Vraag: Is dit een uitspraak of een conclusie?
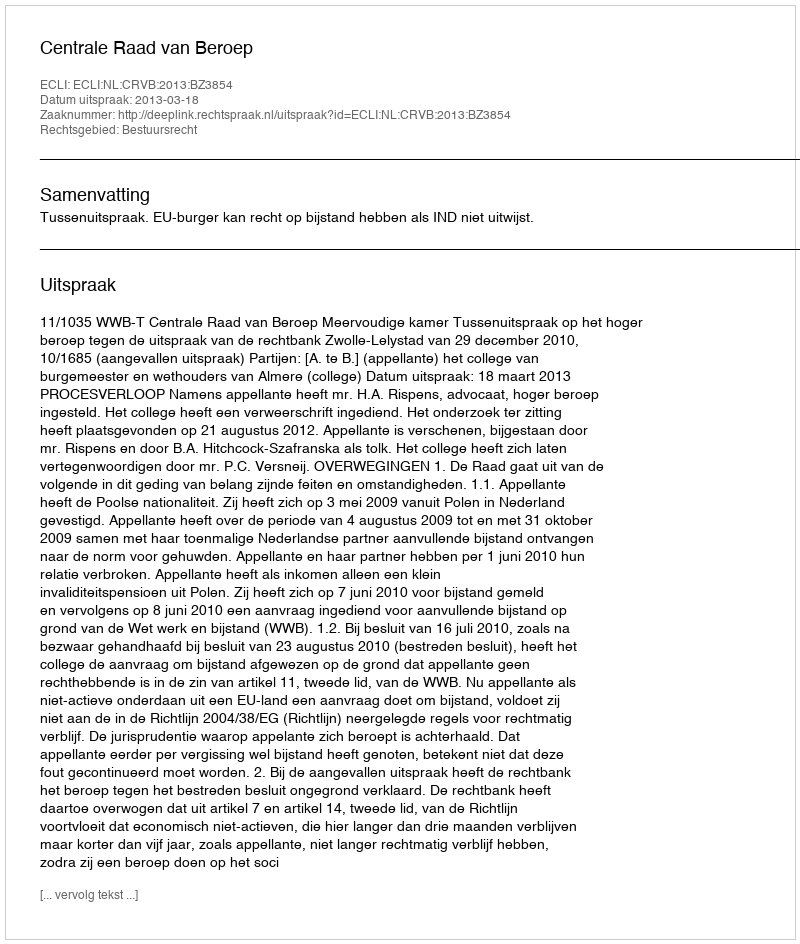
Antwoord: Uitspraak